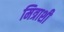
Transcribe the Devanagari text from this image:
मित्राशी